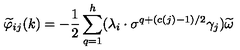
\widetilde { \varphi } _ { i j } ( k ) = - \frac { 1 } { 2 } \sum _ { q = 1 } ^ { h } ( \lambda _ { i } \cdot \sigma ^ { q + ( c ( j ) - 1 ) / 2 } \gamma _ { j } ) \widetilde { \omega }